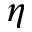
\eta